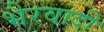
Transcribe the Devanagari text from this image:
भैरवादी